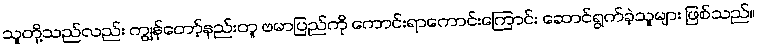
သူတို့သည်လည်း ကျွန်တော့်နည်းတူ ဗမာပြည်ကို ကောင်းရာကောင်းကြောင်း ဆောင်ရွက်ခဲ့သူများ ဖြစ်သည်။